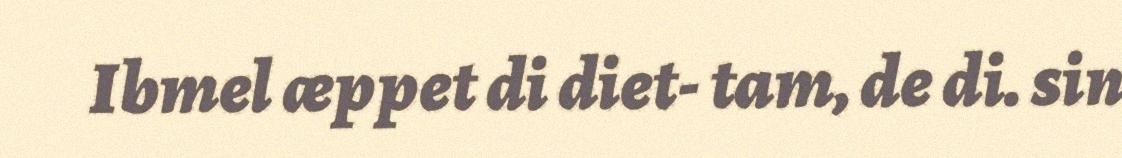
Ibmel æppet di diet- tam, de di. sin